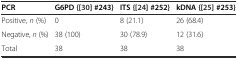
| PCR | G6PD {[30] #243} | ITS {[24] #252} | kDNA {[25] #253} |
 | --- | --- | --- | --- |
 | Positive, n (%) | 0 | 8 (21.1) | 26 (68.4) |
 | Negative, n (%) | 38 (100) | 30 (78.9) | 12 (31.6) |
 | Total | 38 | 38 | 38 |